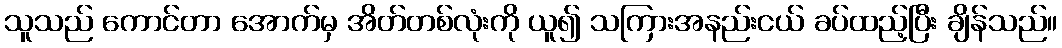
သူသည် ကောင်တာ အောက်မှ အိတ်တစ်လုံးကို ယူ၍ သကြားအနည်းငယ် ခပ်ထည့်ပြီး ချိန်သည်။